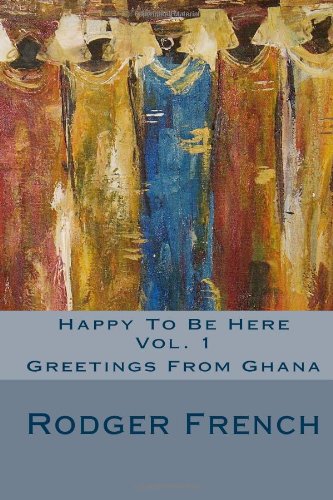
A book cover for Happy To Be Here - Vol. 1: Greetings From Ghana; Rodger French; Travel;